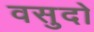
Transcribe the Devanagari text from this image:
वसुदो